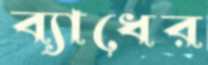
ব্যাধের